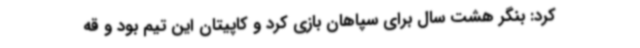
کرد: بنگر هشت سال برای سپاهان بازی کرد و کاپیتان این تیم بود و قه